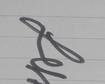
Signature authenticity: genuine